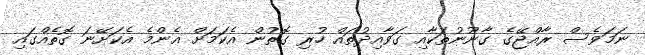
ނަމަވެސް ރާއްޖޭގެ ގާނޫނުތަކާއި ގަވާއިދުތައް ހުރި ގޮތުން އެކަމަށް އެންމެ އެކަށޭނަ ގޮތެއްގައި